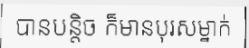
បានបន្តិច ក៏មានបុរសម្នាក់